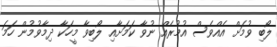
ލޯބި ވުމަށް އެއްވެސް އުމުރެއް ނުވާ ކަމަށާއި ލޯބިވާ މީހަކާ ދިމާވުމުން ހަމަ